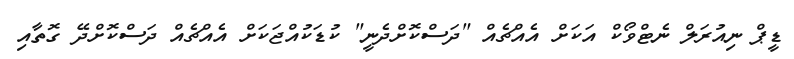
ޑީޕް ނިއުރަލް ނެޓްވޯކް އަކަށް އެއްޗެއް "ދަސްކޮށްދެނީ" ކުޑަކުއްޖަކަށް އެއްޗެއް ދަސްކޮށްދޭ ގޮތާއި